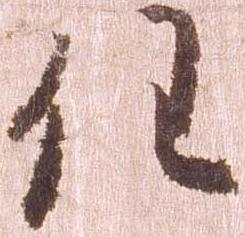
任